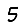
Digit: 5